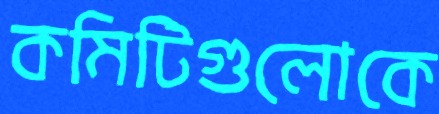
কমিটিগুলোকে